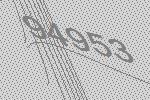
94953